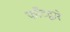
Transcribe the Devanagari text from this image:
फाँटद्वारे